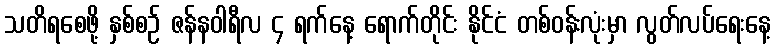
သတိရစေဖို့ နှစ်စဉ် ဇန်နဝါရီလ ၄ ရက်နေ့ ရောက်တိုင်း နိုင်ငံ တစ်ဝန်းလုံးမှာ လွတ်လပ်ရေးနေ့